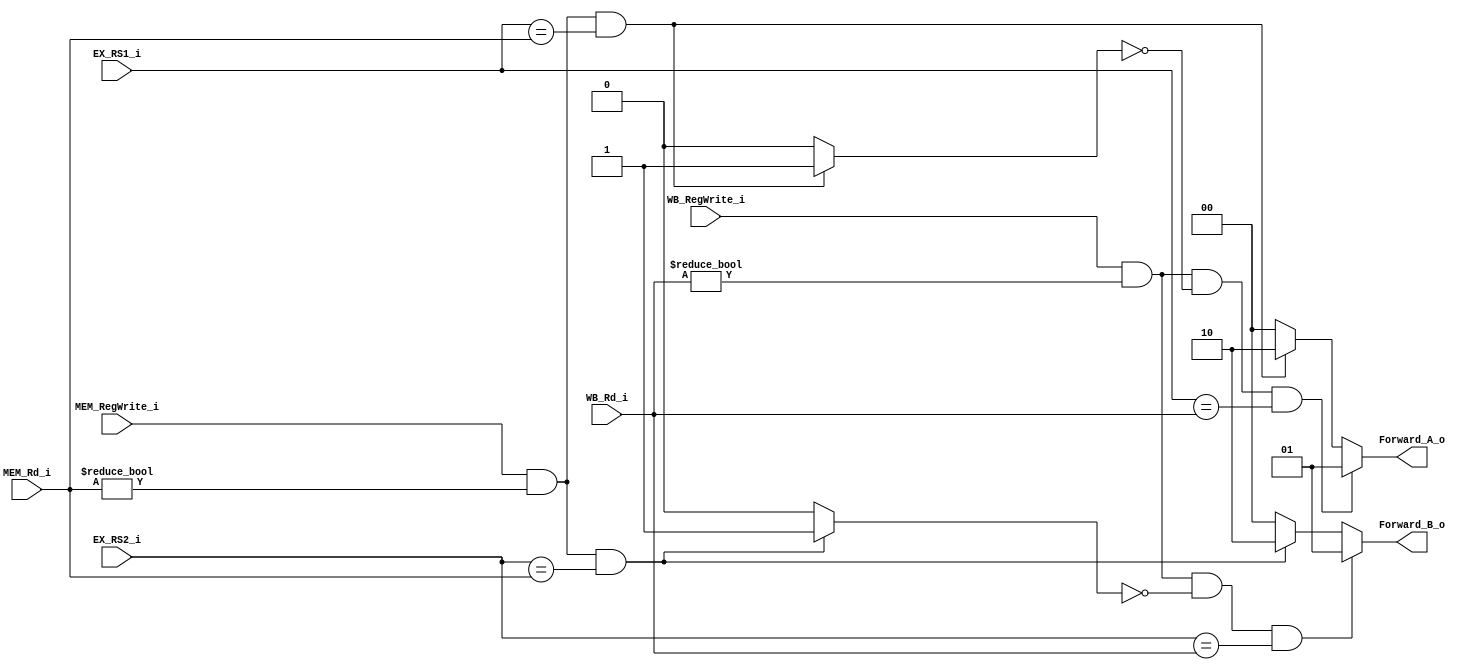
module Forwarding_Unit(
	EX_RS1_i,
	EX_RS2_i,
	MEM_RegWrite_i,
	MEM_Rd_i,
	WB_RegWrite_i,
	WB_Rd_i,
	Forward_A_o,
	Forward_B_o
);

input 	[4:0] 	EX_RS1_i;
input 	[4:0] 	EX_RS2_i;
input 			MEM_RegWrite_i;
input 	[4:0] 	MEM_Rd_i;
input 			WB_RegWrite_i;
input 	[4:0] 	WB_Rd_i;
output 	[1:0] 	Forward_A_o;
output 	[1:0] 	Forward_B_o;
reg 			flag_A;
reg 			flag_B;

reg 	[1:0] 	Forward_A_res;
reg 	[1:0] 	Forward_B_res;

assign Forward_A_o = Forward_A_res;
assign Forward_B_o = Forward_B_res;

always @(*) begin
	Forward_A_res = 2'b00;
	Forward_B_res = 2'b00;
	flag_A = 1'b0;
	flag_B = 1'b0;

	// EX hazard, instruction distance = 1
	if(MEM_RegWrite_i && (MEM_Rd_i != 0) && (EX_RS1_i == MEM_Rd_i)) begin
		Forward_A_res = 2'b10;
		flag_A = 1'b1;
	end	

	if(MEM_RegWrite_i && (MEM_Rd_i != 0) && (EX_RS2_i == MEM_Rd_i)) begin
		Forward_B_res = 2'b10;
		flag_B = 1'b1;
	end	

	// MEM hazard, instruction distance = 2
	if(WB_RegWrite_i && (WB_Rd_i != 0) && (flag_A == 0) && (EX_RS1_i == WB_Rd_i)) begin
		Forward_A_res = 2'b01;
	end

	if(WB_RegWrite_i && (WB_Rd_i != 0) && (flag_B == 0) && (EX_RS2_i == WB_Rd_i)) begin
		Forward_B_res = 2'b01;
	end
end

endmodule